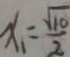
x _ { 1 } = \frac { \sqrt { 1 0 } } { 2 }